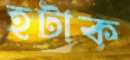
হটাক